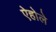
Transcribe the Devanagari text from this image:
ऐहोले